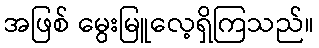
အဖြစ် မွေးမြူလေ့ရှိကြသည်။